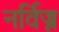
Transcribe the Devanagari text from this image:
नर्विज्न